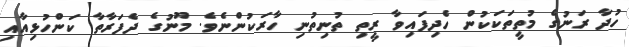
ހުދާ ރަނުގެ މުތީތަކަކުން ހެދިފައިވާ ރީތި ތުނިތުނި ހާރަކުންނެވެ. މޫނުގެ ދެފަރާތާ ކަންހުޅިއާއި